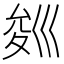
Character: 𭘁